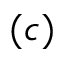
( c )